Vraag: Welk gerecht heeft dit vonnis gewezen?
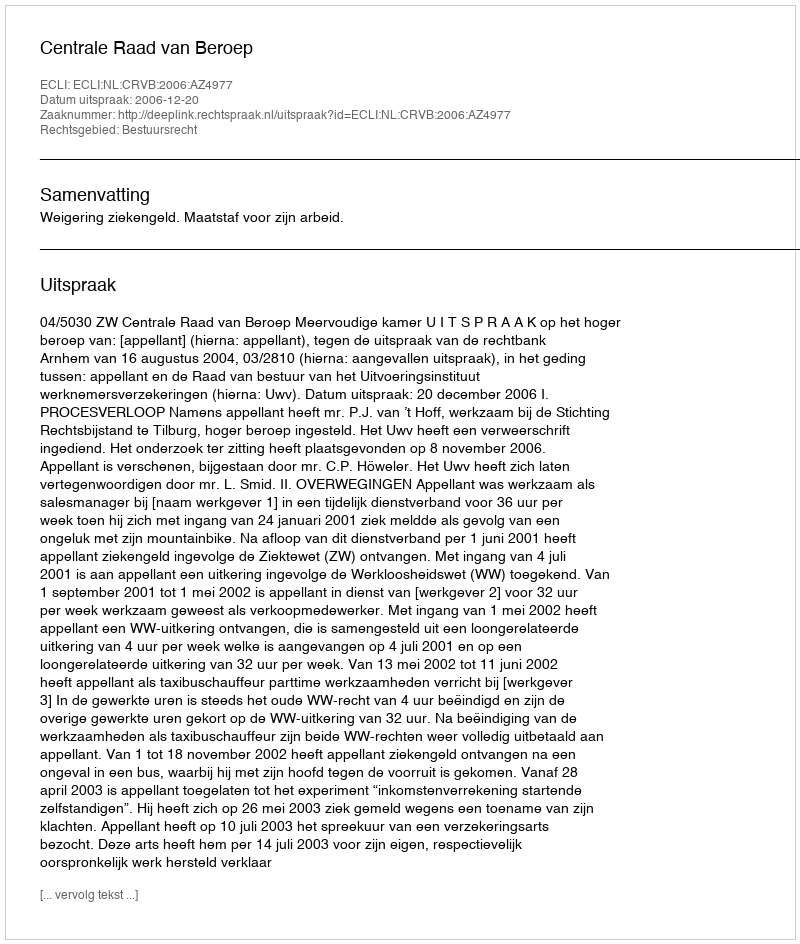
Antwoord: Centrale Raad van Beroep